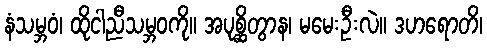
နံသမ္ဘဝံ၊ ထိုငါညီသမ္ဘဝကို။ အပုစ္ဆိတွာန၊ မမေးဦးလဲ။ ဒဟရောတိ၊